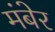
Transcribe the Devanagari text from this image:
मंबेर